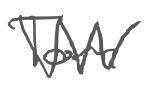
Text: Tom
Cross-out: zig-zag
Writing tool: digital_gray